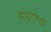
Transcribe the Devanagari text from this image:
ऑप्टोमिट्री